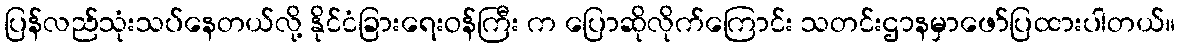
ပြန်လည်သုံးသပ်နေတယ်လို့ နိုင်ငံခြားရေးဝန်ကြီး က ပြောဆိုလိုက်ကြောင်း သတင်းဌာနမှာဖော်ပြထားပါတယ်။